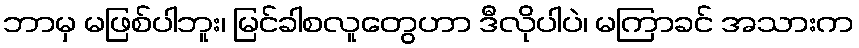
ဘာမှ မဖြစ်ပါဘူး၊ မြင်ခါစလူတွေဟာ ဒီလိုပါပဲ၊ မကြာခင် အသားက